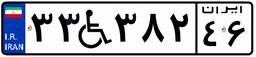
۵۹W۴۹۵۱۸